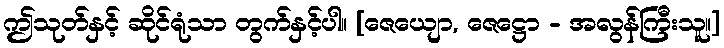
ဤသုတ်နှင့် ဆိုင်ရုံသာ တွက်နှင့်ပါ။ [ဇေယျော, ဇေဋ္ဌော - အလွန်ကြီးသူ။]